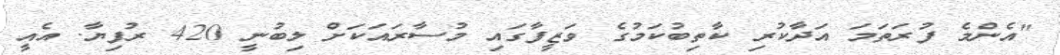
"އެންމެ ފުރަތަމަ އަދާކުރި ކާތިބުކަމުގެ ވަޒީފާގައި މުސާރައަކަށް ލިބުނީ 420 ރުފިޔާ. އެއީ